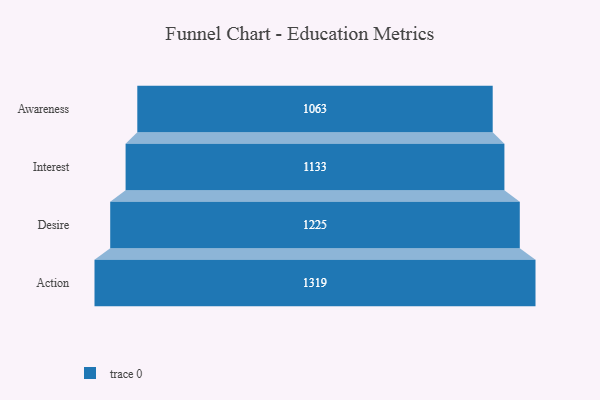
{"axis": {"x": "Stage", "y": "Value"}, "legend": [""], "data": [{"x": "Awareness", "y": 1063.0, "type": ""}, {"x": "Interest", "y": 1133.0, "type": ""}, {"x": "Desire", "y": 1225.0, "type": ""}, {"x": "Action", "y": 1319.0, "type": ""}]}